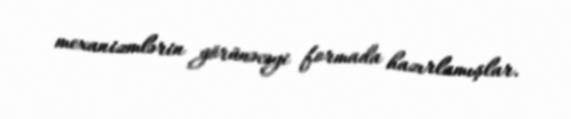
mexanizmlərin görünəcəyi formada hazırlamışlar.